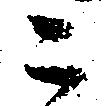
ニ